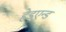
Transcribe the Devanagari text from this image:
हेडएन्ड